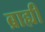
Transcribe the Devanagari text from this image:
ब्राह्यी